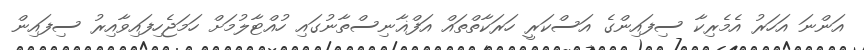
އަންނަ އަހަރު އެމެރިކާ ސިފައިންގެ އަސްކަރީ ހަރަކާތްތައް އަފްޣާނިސްތާނުގައި ހުއްޓާލުމަށް ހަމަޖެހިފައިވާއިރު ސިފައިން